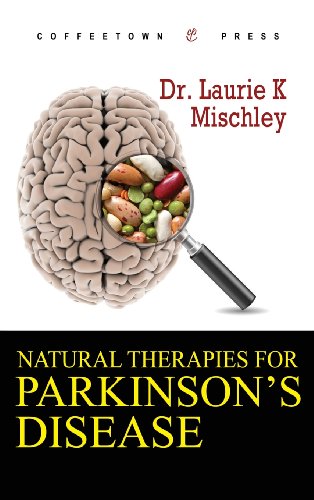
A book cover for Natural Therapies for Parkinson's Disease; Laurie K. Mischley; Health, Fitness & Dieting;